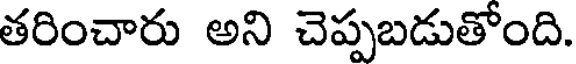
తరించారు అని చెప్పబడుతోంది.